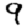
Digit: 9